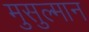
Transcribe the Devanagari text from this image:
मुसुल्मान